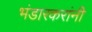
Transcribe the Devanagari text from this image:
भंडारकरांनी